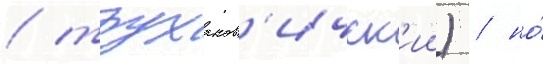
/ труханов'ичск'ии) / но́